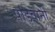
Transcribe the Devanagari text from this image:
पांडवानी